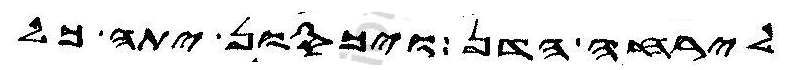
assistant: לירחה הדן ויכסון יתה כל